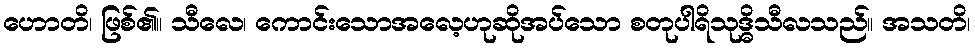
ဟောတိ၊ ဖြစ်၏။ သီလေ၊ ကောင်းသောအလေ့ဟုဆိုအပ်သော စတုပါရိသုဒ္ဓိသီလသည်။ အသတိ၊